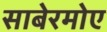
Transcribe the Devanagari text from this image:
साबेरमोए